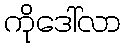
ကိုဒေါ်လာ